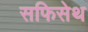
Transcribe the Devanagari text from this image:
सफिसेथ